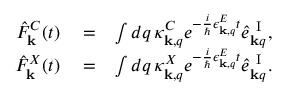
\begin{array} { r l r } { \hat { F } _ { \bf k } ^ { C } ( t ) } & { { } = } & { \int d q \, \kappa _ { { \bf k } , q } ^ { C } e ^ { - \frac { i } { \hbar } \epsilon _ { { \bf k } , q } ^ { E } t } \hat { e } _ { { \bf k } q } ^ { \mathrm { ~ I ~ } } , } \\ { \hat { F } _ { \bf k } ^ { X } ( t ) } & { { } = } & { \int d q \, \kappa _ { { \bf k } , q } ^ { X } e ^ { - \frac { i } { \hbar } \epsilon _ { { \bf k } , q } ^ { E } t } \hat { e } _ { { \bf k } q } ^ { \mathrm { ~ I ~ } } . } \end{array}